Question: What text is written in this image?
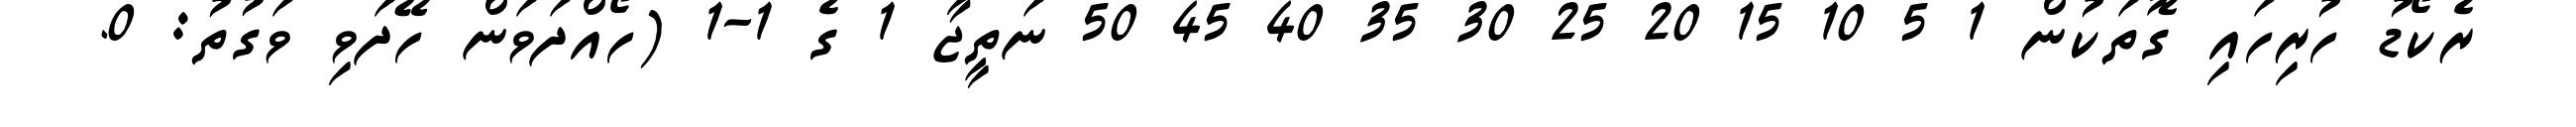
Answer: ރެކޯޑު ހުރިހައި ގޮތަކުން 1 5 10 15 20 25 30 35 40 45 50 ނަތީޖާ 1 ގެ 1-1 (ހޯއްދަވަން ހޭދަވި ވަގުތު: 0.